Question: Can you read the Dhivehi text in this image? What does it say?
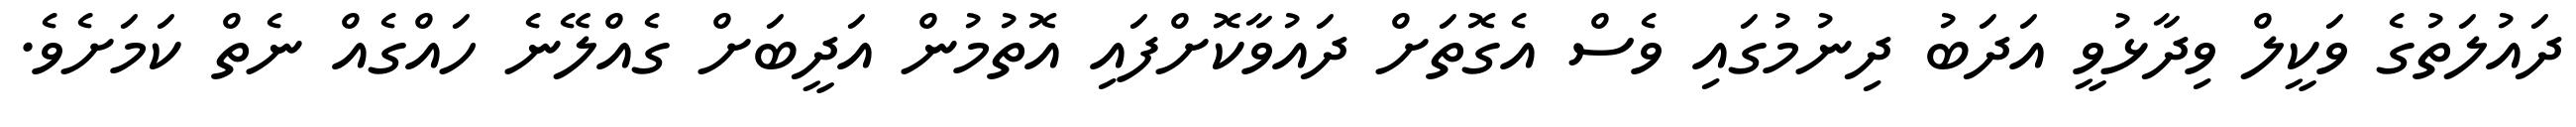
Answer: ދައުލަތުގެ ވަކީލް ވިދާޅުވީ އަދަބު ދިނުމުގައި ވެސް އެގޮތަށް ދައުވާކޮށްފައި އޮތުމުން އަދީބަށް ގެއްލޭނެ ހައްގެއް ނެތް ކަމަށެވެ.